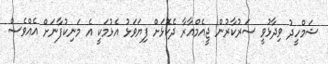
ޝަމްހީދު ވިދާޅުވީ ސަރުކާރުން ޖީއެމްއާރާ ދެކޮޅަށް ފިޔަވަޅު އެޅުމަކީ އެ މަނިކުފާނަށް އެއްވެސް